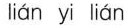
lián yi lián